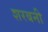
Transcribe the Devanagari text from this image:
शरबनी